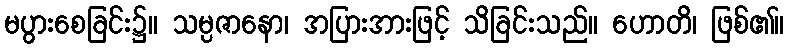
မပွားစေခြင်း၌။ သမ္ပဇာနော၊ အပြားအားဖြင့် သိခြင်းသည်။ ဟောတိ၊ ဖြစ်၏။